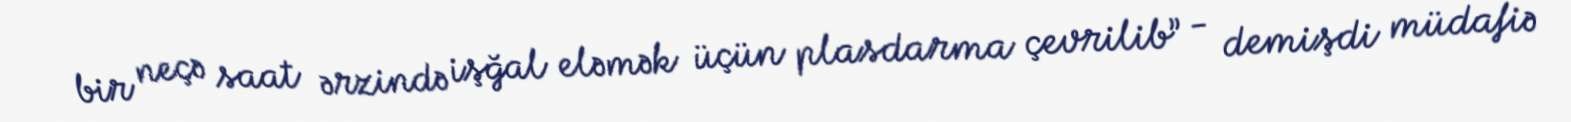
bir neçə saat ərzində işğal eləmək üçün plasdarma çevrilib” - demişdi müdafiə